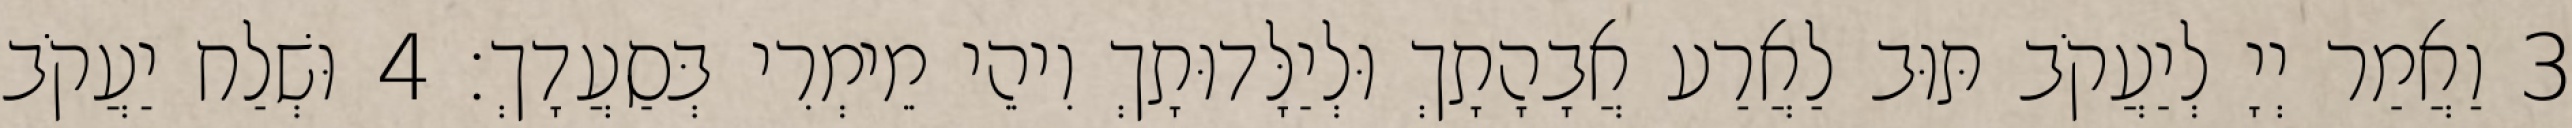
3 וַאֲמַר יְיָ לְיַעֲקֹב תּוּב לַאֲרַע אֲבָהָתָךְ וּלְיַלָּדוּתָךְ וִיהֵי מֵימְרִי בְּסַעֲדָךְ׃ 4 וּשְׁלַח יַעֲקֹב